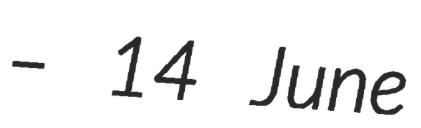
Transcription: – 14 June